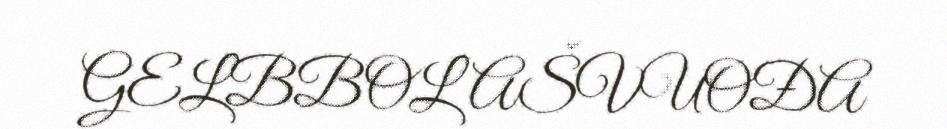
GELBBOLAŠVUOĐA